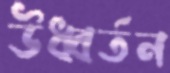
উধ্বর্তন